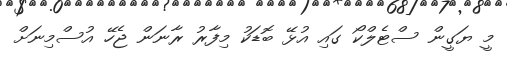
މީ ޔަގީން ސްޓެލްކޯ ގައި އުޅޭ ބޮޑަކު މިފާރު ރާނަން ޖެހޭ އުސްމިނަށް